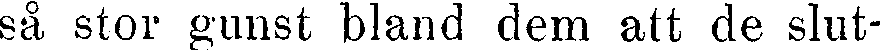
så stor gunst bland dem att de slut-